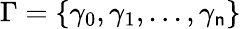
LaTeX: \Gamma=\{ \gamma_{0},\gamma_{1},...,\gamma_{\mathsf{n}}\}